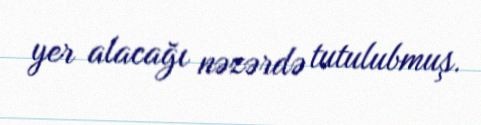
yer alacağı nəzərdə tutulubmuş.